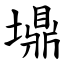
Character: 䵺